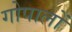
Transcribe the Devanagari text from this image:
गोपालों